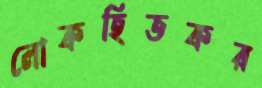
লোকহিতকর